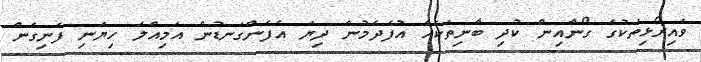
ވައިރޯޅިތަކުގެ ގޯނާއިން ކުދި ބާނިތަކެއް އުފެދެމުން ދިޔަ އެފެންގަނޑުން އަމިއްލަ ހިޔަނި ފެނިގެން